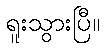
ရူးသွားပြီ။